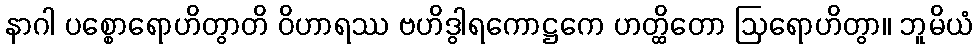
နာဂါ ပစ္စောရောဟိတွာတိ ဝိဟာရဿ ဗဟိဒွါရကောဋ္ဌကေ ဟတ္ထိတော ဩရောဟိတွာ။ ဘူမိယံ